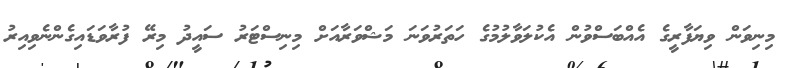
މިނިވަން ވިޔަފާރީގެ އެއްބަސްވުން އެކުލަވާލުމުގެ ހަތަރުވަނަ މަޝްވަރާއަށް މިނިސްޓަރު ސައީދު މިރޭ ފުރާވަޑައިގެންނެވިއިރު